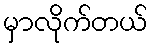
မှာလိုက်တယ်